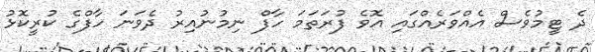
ދެ ޓީމުވެސް އެއްވަރެއްގައި އޮވެ ފުރަތަމަ ހާފް ނިމުނުއިރު ދެވަނަ ހާފްގެ ކުރީކޮޅު